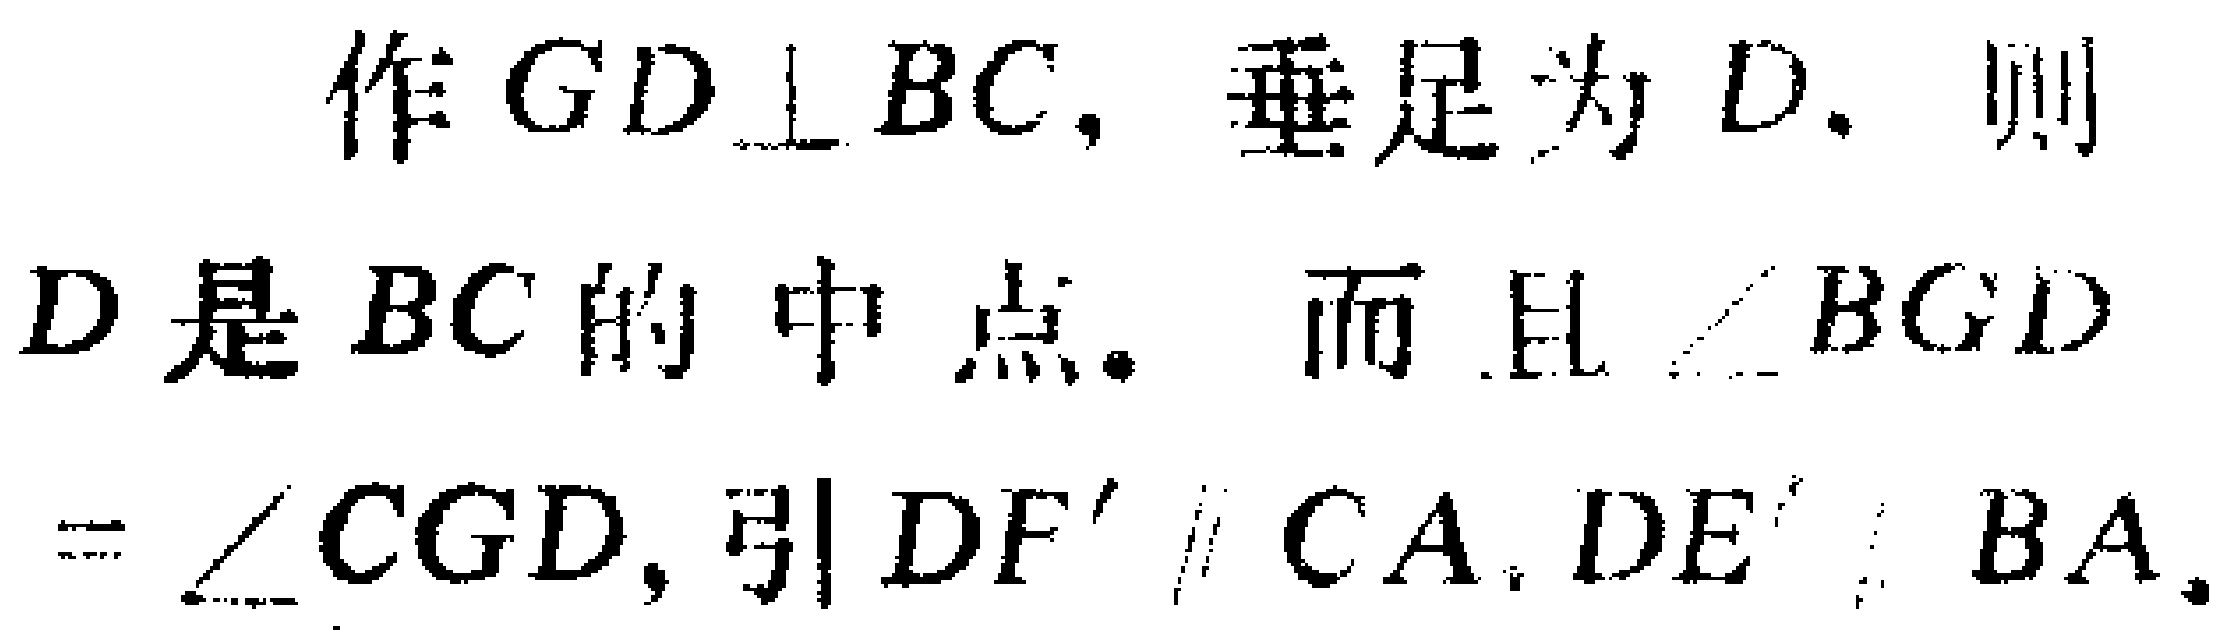
作 \(GD\perp BC\)，垂足为 \(D\)，则 \(D\) 是 \(BC\) 的中点。而且 \(\angle BGD=\angle CGD\)，引 \(DF'\parallel CA\)，\(DE'\parallel BA\)。